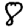
Digit: 8